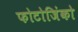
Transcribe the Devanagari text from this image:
फोटोजिंको